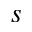
s